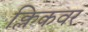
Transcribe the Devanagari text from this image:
क्लिकवर